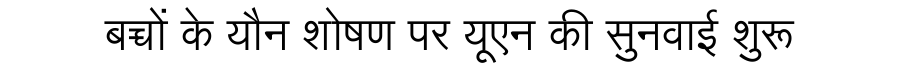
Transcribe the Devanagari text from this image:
बच्चों के यौन शोषण पर यूएन की सुनवाई शुरू